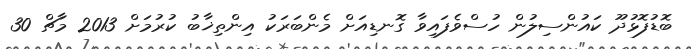
ބޮޑުފޮޅުދޫ ކައުންސިލުން ހުސްވެފައިވާ ގޮނޑިއަށް މެންބަރަކު އިންތިޚާބު ކުރުމަށް 2013 މާޗް 30